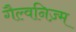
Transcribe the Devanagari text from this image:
गैल्वनिज़्म